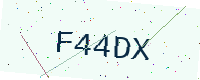
Text: F44DX